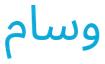
وسام